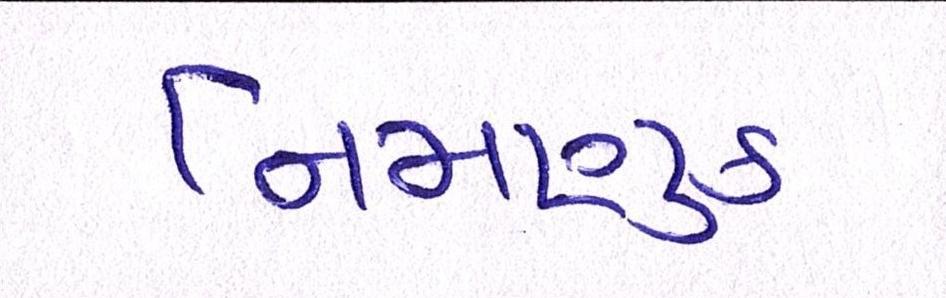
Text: નિમણુક